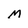
Character: M